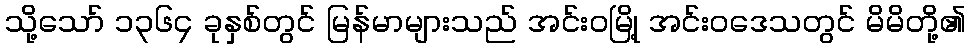
သို့သော် ၁၃၆၄ ခုနှစ်တွင် မြန်မာများသည် အင်းဝမြို့ အင်းဝဒေသတွင် မိမိတို့၏